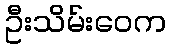
ဦးသိမ်းဝေက